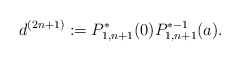
\begin{align*} d^{(2n+1)}:=P_{1,n+1}^*(0)P_{1,n+1}^{*-1}(a).\end{align*}